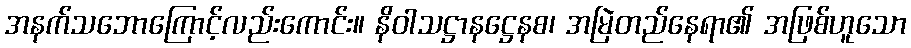
အနက်သဘောကြောင့်လည်းကောင်း။ နိဝါသဋ္ဌာနဋ္ဌေနစ၊ အမြဲတည်နေရာ၏ အဖြစ်ဟူသော